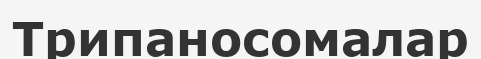
Трипаносомалар